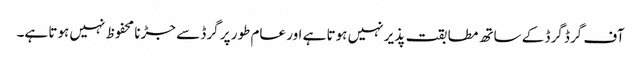
آف گرڈ گرڈ کے ساتھ مطابقت پذیر نہیں ہوتا ہے اور عام طور پر گرڈ سے جڑنا محفوظ نہیں ہوتا ہے۔